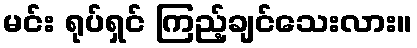
မင်း ရုပ်ရှင် ကြည့်ချင်သေးလား။